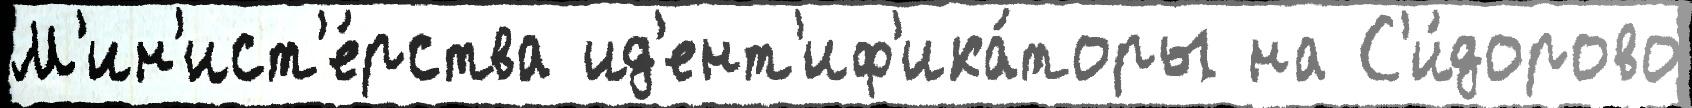
М'ин'ист'е́рства ид'ент'иф'ика́торы на С'и́дорово